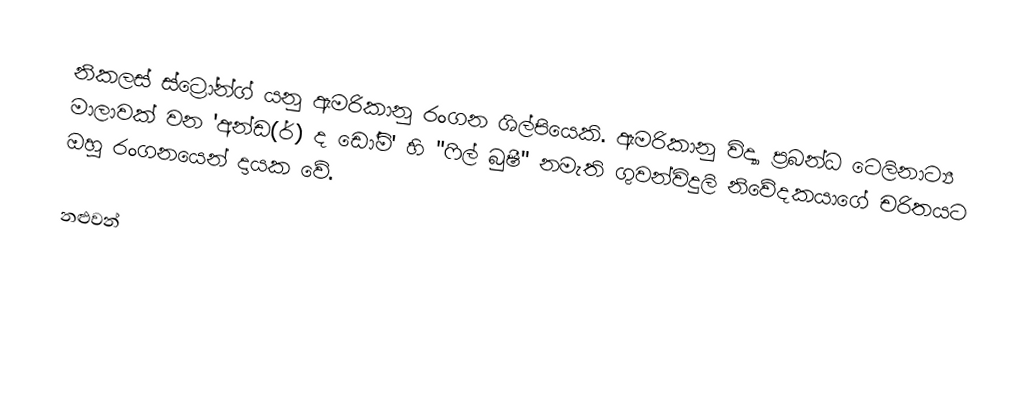
නිකලස් ස්ට්‍රෝන්ග් යනු ඇමරිකානු රංගන ශිල්පියෙකි. ඇමරිකානු විද්‍යා ප්‍රබන්ධ ටෙලිනාට්‍ය මාලාවක් වන 'අන්ඩ(ර්) ද ඩෝම්' හි "ෆිල් බුෂී" නමැති ගුවන්විදුලි නිවේදකයාගේ චරිතයට ඔහු රංගනයෙන් දායක වේ.

නළුවන්